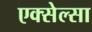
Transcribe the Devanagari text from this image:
एक्सेल्सा